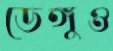
ডেঙ্গুও